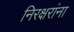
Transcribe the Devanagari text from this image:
निरक्षरांना